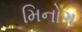
મિનોગ